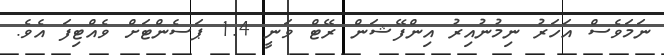
ނަމަވެސް އަހަރު ނިމުނުއިރު އިންފޭޝަން ރޭޓް ވަނީ 1.4 ޕަސެންޓަށް ވެއްޓިފަ އެވެ.